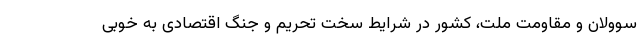
سوولان و مقاومت ملت، کشور در شرایط سخت تحریم و جنگ اقتصادی به خوبی